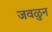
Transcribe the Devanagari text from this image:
जवळुन